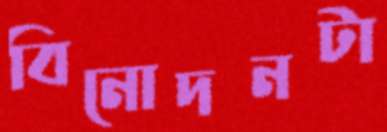
বিনোদনটা